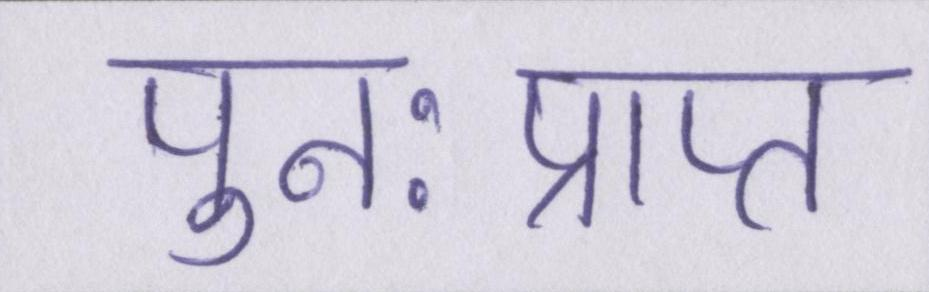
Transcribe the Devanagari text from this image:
पुनःप्राप्त